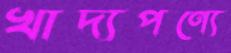
খাদ্যপণ্যে